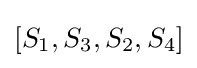
[S_{1},S_{3},S_{2},S_{4}]